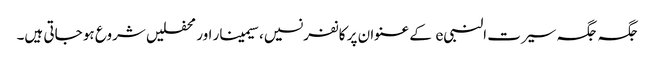
جگہ جگہ سیرت النبیe کے عنوان پر کانفرنسیں، سیمینار اور محفلیں شروع ہو جاتی ہیں۔